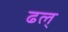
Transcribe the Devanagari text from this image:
ढल्